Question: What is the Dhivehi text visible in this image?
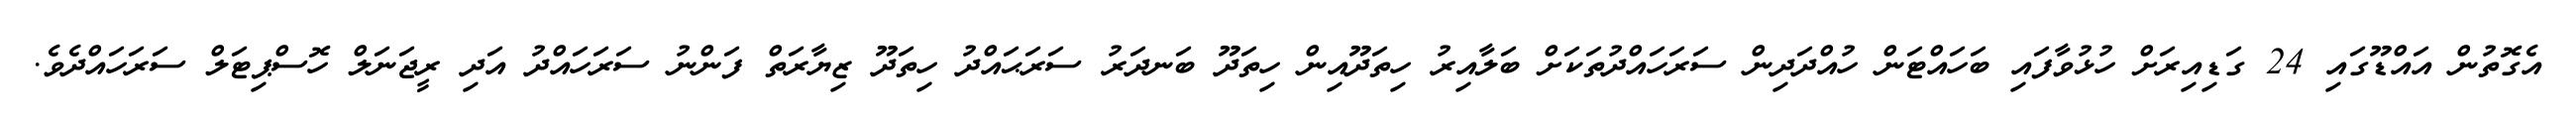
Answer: އެގޮތުން އައްޑޫގައި 24 ގަޑިއިރަށް ހުޅުވާފައި ބަހައްޓަން ހުއްދަދިން ސަރަހައްދުތަކަށް ބަލާއިރު ހިތަދޫއިން ހިތަދޫ ބަނދަރު ސަރަޙައްދު ހިތަދޫ ޒިޔާރަތް ފަންނު ސަރަހައްދު އަދި ރީޖަނަލް ހޮސްޕިޓަލް ސަރަހައްދެވެ.